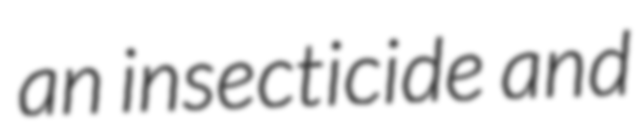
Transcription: an insecticide and